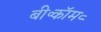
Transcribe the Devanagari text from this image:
बी॰कॉम॰